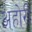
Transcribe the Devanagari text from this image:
अहोरी